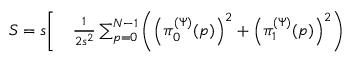
\begin{array} { r l } { S = s \Biggl [ } & { { } \frac { 1 } { 2 s ^ { 2 } } \sum _ { p = 0 } ^ { N - 1 } \left( \left( \pi _ { 0 } ^ { ( \Psi ) } ( p ) \right) ^ { 2 } + \left( \pi _ { 1 } ^ { ( \Psi ) } ( p ) \right) ^ { 2 } \right) } \end{array}